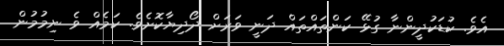
އެވެ. ކުޑަކުދީންނާ ގުޅޭ ކަންތައްތައް ދަނީ ވަރަށް ދޯދިޔާކޮށެވެ. ކަމެއް ވެ ނިމުމުން